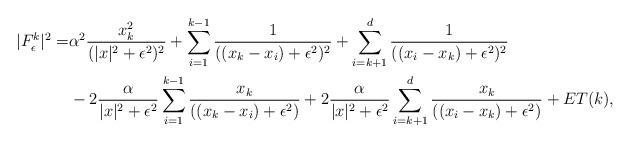
LaTeX: \begin{align*} |F_\epsilon^k|^2 = &\alpha^2 \frac{x_k^2}{(|x|^2+\epsilon^2)^2}+ \sum_{i=1}^{k-1} \frac{1}{((x_k-x_i)+\epsilon^2)^2}+ \sum_{i=k+1}^{d} \frac{1}{((x_i-x_k)+\epsilon^2)^2} \\ &-2\frac{\alpha}{|x|^2+\epsilon^2} \sum_{i=1}^{k-1}\frac{x_k}{((x_k-x_i)+\epsilon^2)} + 2\frac{\alpha}{|x|^2+\epsilon^2} \sum_{i=k+1}^d \frac{x_k}{((x_i-x_k)+\epsilon^2)} + ET(k),\\\end{align*}